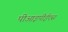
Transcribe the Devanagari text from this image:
पीआइपीईएस